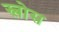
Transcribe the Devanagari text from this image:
स्लोस